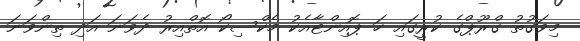
މިވަގުތު ގްރޫޕްގެ ކުރީގައި ހަ ޕޮއިންޓާއެކު މެކްސިކޯ އޮތްއިރު ދެވަނަ އަދި ތިންވަނަ